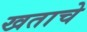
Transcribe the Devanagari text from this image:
खताचे